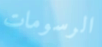
الرسومات